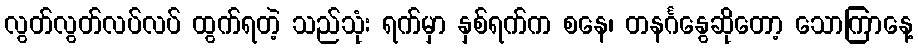
လွတ်လွတ်လပ်လပ် ထွက်ရတဲ့ သည်သုံး ရက်မှာ နှစ်ရက်က စနေ၊ တနင်္ဂနွေဆိုတော့ သောကြာနေ့